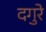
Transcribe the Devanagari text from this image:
दगुरे